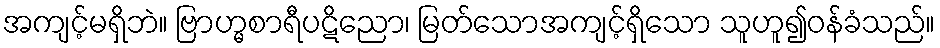
အကျင့်မရှိဘဲ။ ဗြာဟ္မစာရီပဋိညော၊ မြတ်သောအကျင့်ရှိသော သူဟူ၍ဝန်ခံသည်။